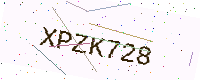
Text: XPZK728